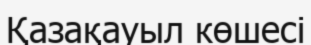
Қазақауыл көшесі